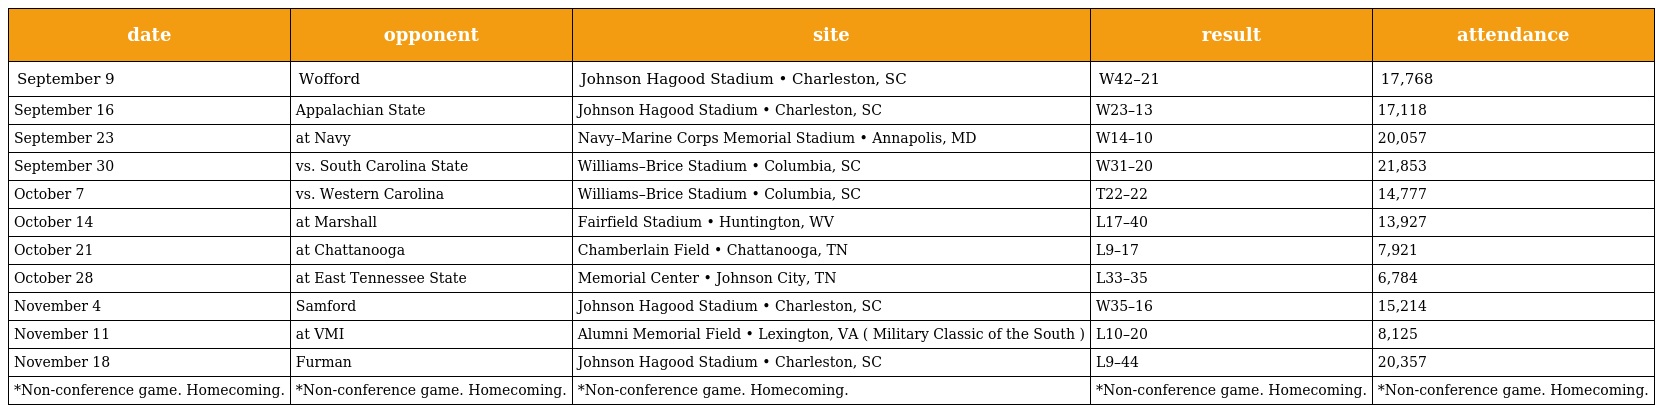
| date | opponent | site | result | attendance |
 | --- | --- | --- | --- | --- |
 | September 9 | Wofford | Johnson Hagood Stadium • Charleston, SC | W42–21 | 17,768 |
 | September 16 | Appalachian State | Johnson Hagood Stadium • Charleston, SC | W23–13 | 17,118 |
 | September 23 | at Navy | Navy–Marine Corps Memorial Stadium • Annapolis, MD | W14–10 | 20,057 |
 | September 30 | vs. South Carolina State | Williams–Brice Stadium • Columbia, SC | W31–20 | 21,853 |
 | October 7 | vs. Western Carolina | Williams–Brice Stadium • Columbia, SC | T22–22 | 14,777 |
 | October 14 | at Marshall | Fairfield Stadium • Huntington, WV | L17–40 | 13,927 |
 | October 21 | at Chattanooga | Chamberlain Field • Chattanooga, TN | L9–17 | 7,921 |
 | October 28 | at East Tennessee State | Memorial Center • Johnson City, TN | L33–35 | 6,784 |
 | November 4 | Samford | Johnson Hagood Stadium • Charleston, SC | W35–16 | 15,214 |
 | November 11 | at VMI | Alumni Memorial Field • Lexington, VA ( Military Classic of the South ) | L10–20 | 8,125 |
 | November 18 | Furman | Johnson Hagood Stadium • Charleston, SC | L9–44 | 20,357 |
 | *Non-conference game. Homecoming. | *Non-conference game. Homecoming. | *Non-conference game. Homecoming. | *Non-conference game. Homecoming. | *Non-conference game. Homecoming. |